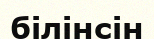
білінсін